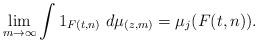
LaTeX: \begin{align*}\lim_{m\to\infty} \int 1_{F(t,n)} \ d\mu_{(z,m)} = \mu_j(F(t,n)).\end{align*}